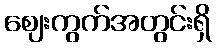
ဈေးကွက်အတွင်းရှိ